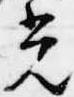
光